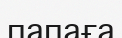
папаға